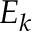
E _ { k }